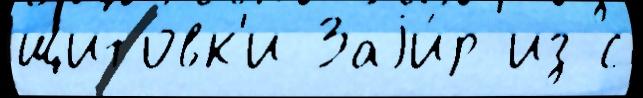
щитовк'и Заjи́р из с